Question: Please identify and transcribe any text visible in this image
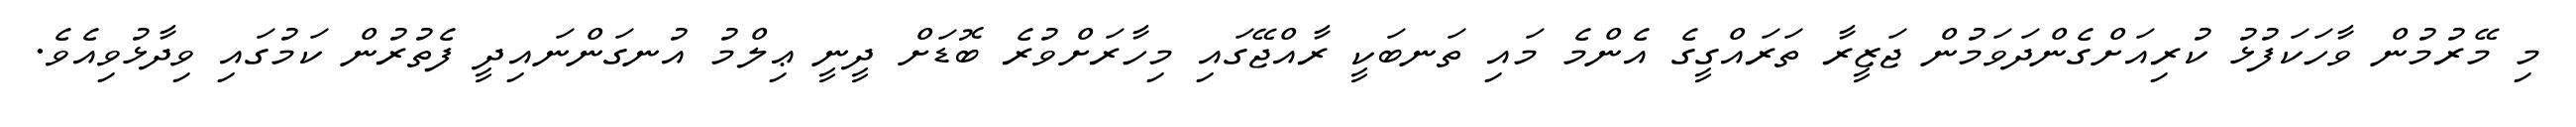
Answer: މި މޭރުމުން ވާހަކަފުޅު ކުރިއަށްގެންދަވަމުން ޖަޒީރާ ތަރައްގީގެ އެންމެ މައި ތަނބަކީ ރާއްޖޭގައި މިހާރަށްވުރެ ބޮޑަށް ދީނީ ޢިލްމު އުނގަންނައިދީ ފެތުރުން ކަމުގައި ވިދާޅުވިއެވެ.